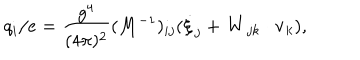
LaTeX: q _ { i } / e = \frac { g ^ { 4 } } { ( 4 \pi ) ^ { 2 } } ( M ^ { - 1 } ) _ { i j } ( \dot { \xi } _ { j } + { \bf W } _ { j k } \cdot { \bf v } _ { k } ) ,